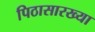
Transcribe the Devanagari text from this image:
पिठासारख्या